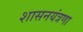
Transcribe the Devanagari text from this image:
शासनयंत्रणा